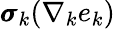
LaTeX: \pmb{\sigma}_{k}(\nabla_{k}e_{k})